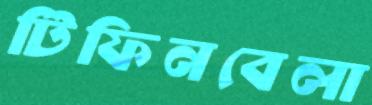
টিফিনবেলা